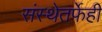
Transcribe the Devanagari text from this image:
संस्थेतर्फेही